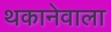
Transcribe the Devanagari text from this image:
थकानेवाला